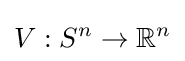
V:S^{n}\to \mathbb {R} ^{n}